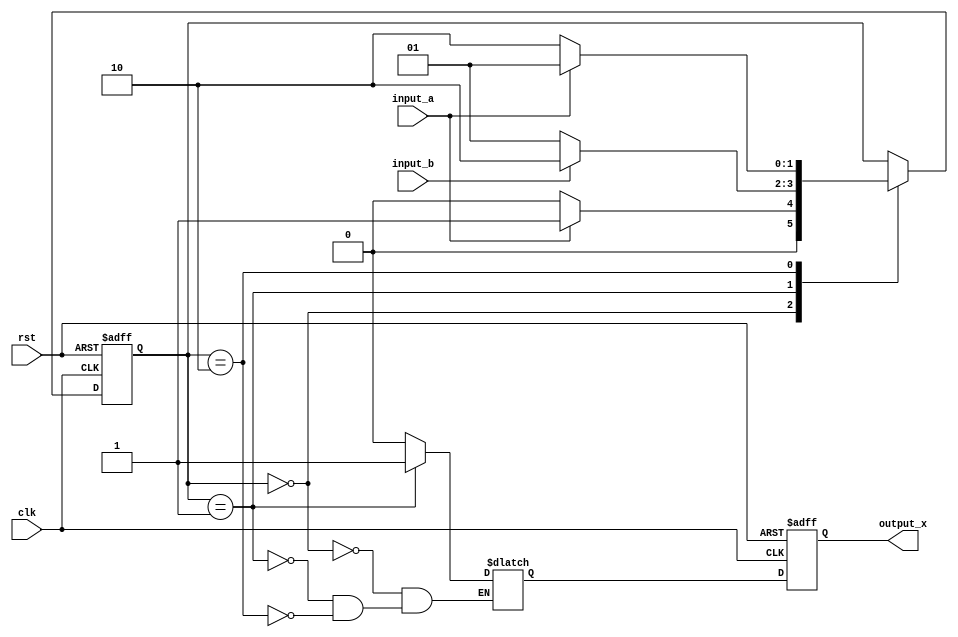
module mealy_state_machine (
    input wire clk,
    input wire rst,
    input wire input_a,
    input wire input_b,
    output reg output_x
);

// Define states
parameter state_idle = 2'b00;
parameter state_a = 2'b01;
parameter state_b = 2'b10;

// Define outputs
reg [1:0] current_state;
reg output_y;

// State transition logic
always @ (posedge clk or posedge rst) begin
    if (rst) begin
        current_state <= state_idle;
    end else begin
        case (current_state)
            state_idle: begin
                if (input_a) begin
                    current_state <= state_a;
                end else begin
                    current_state <= state_idle;
                end
            end
            state_a: begin
                if (input_b) begin
                    current_state <= state_b;
                end else begin
                    current_state <= state_a;
                end
            end
            state_b: begin
                if (input_a) begin
                    current_state <= state_a;
                end else begin
                    current_state <= state_b;
                end
            end
        endcase
    end
end

// Output logic
always @ (*) begin
    case (current_state)
        state_idle: begin
            output_y = 1'b0;
        end
        state_a: begin
            output_y = 1'b1;
        end
        state_b: begin
            output_y = 1'b0;
        end
    endcase
end

// Synchronize outputs with clock
always @ (posedge clk or posedge rst) begin
    if (rst) begin
        output_x <= 1'b0;
    end else begin
        output_x <= output_y;
    end
end

endmodule